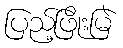
ပြည့်ဖြိုးမြဲ